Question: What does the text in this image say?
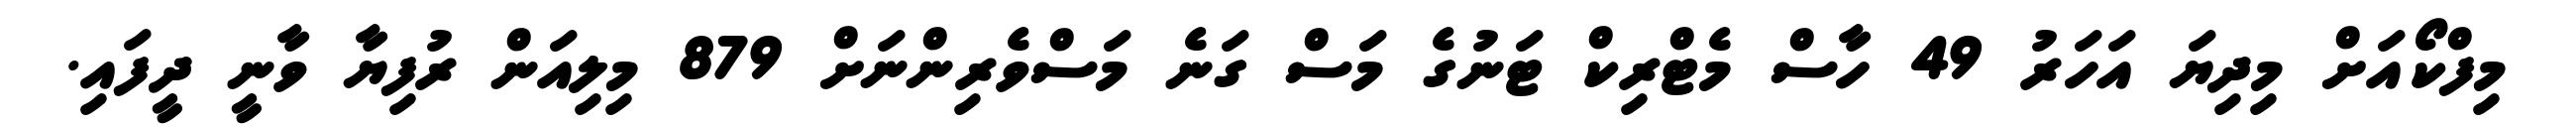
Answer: މިފްކޯއަށް މިދިޔަ އަހަރު 49 ހާސް މެޓްރިކް ޓަނުގެ މަސް ގަނެ މަސްވެރިންނަށް 879 މިލިއަން ރުފިޔާ ވާނީ ދީފައި.